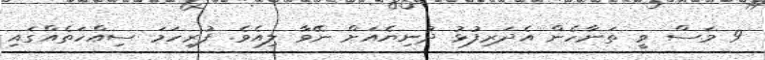
9 މަސް ވީ ތަނާހެން އެދަރިފުޅު ދުނިޔެއަށް ނޭވާ ލިއެވެ. ފުރިހަމަ ސިއްހަތެއްގައި